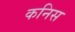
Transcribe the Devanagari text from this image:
कनिस